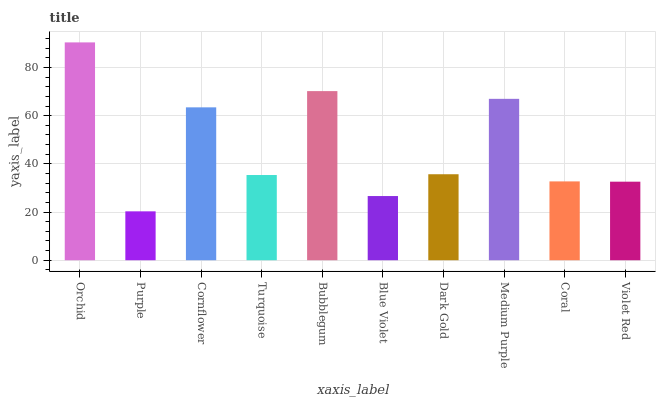
| xaxis_label | bars |
 | --- | --- |
 | Orchid | 90.4 |
 | Purple | 20.3 |
 | Cornflower | 63.5 |
 | Turquoise | 35.4 |
 | Bubblegum | 70.2 |
 | Blue Violet | 26.6 |
 | Dark Gold | 35.7 |
 | Medium Purple | 67 |
 | Coral | 32.7 |
 | Violet Red | 32.6 |